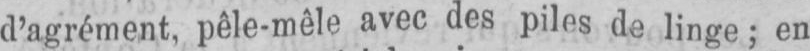
d’agrément, pêle-mêle avec des piles de linge; en